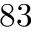
8 3